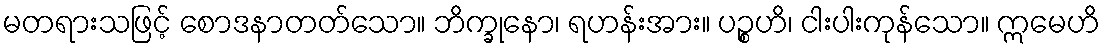
မတရားသဖြင့် စောဒနာတတ်သော။ ဘိက္ခုနော၊ ရဟန်းအား။ ပဉ္စဟိ၊ ငါးပါးကုန်သော။ ဣမေဟိ